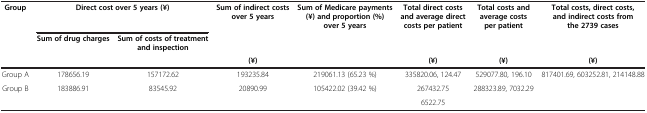
| Group | <COLSPAN=2> Direct cost over 5 years (¥) | Sum of indirect costs over 5 years | Sum of Medicare payments (¥) and proportion (%) over 5 years | Total direct costs and average direct costs per patient | Total costs and average costs per patient | Total costs, direct costs, and indirect costs from the 2739 cases |
 |  | Sum of drug charges | Sum of costs of treatment and inspection |  |  |  |  |  |
 |  |  |  | (¥) |  | (¥) | (¥) | (¥) |
 | --- | --- | --- | --- | --- | --- | --- | --- |
 | Group A | 178656.19 | 157172.62 | 193235.84 | 219061.13 (65.23 %) | 335820.06, 124.47 | 529077.80, 196.10 | <ROWSPAN=2> 817401.69, 603252.81, 214148.88 |
 | Group B | 183886.91 | 83545.92 | 20890.99 | 105422.02 (39.42 %) | 267432.75 | 288323.89, 7032.29 |
 |  |  |  |  |  | 6522.75 |  |  |